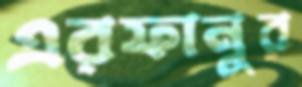
এরফানুর